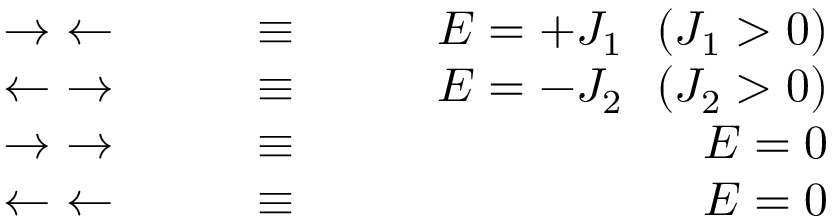
\begin{array} { r l r } { \rightarrow ~ \leftarrow ~ ~ ~ ~ ~ ~ } & { \equiv } & { ~ ~ ~ ~ ~ ~ E = + J _ { 1 } ~ ~ ( J _ { 1 } > 0 ) } \\ { \leftarrow ~ \rightarrow ~ ~ ~ ~ ~ ~ } & { \equiv } & { ~ ~ ~ ~ ~ ~ E = - J _ { 2 } ~ ~ ( J _ { 2 } > 0 ) } \\ { \rightarrow ~ \rightarrow ~ ~ ~ ~ ~ ~ } & { \equiv } & { ~ ~ ~ ~ ~ ~ E = 0 } \\ { \leftarrow ~ \leftarrow ~ ~ ~ ~ ~ ~ } & { \equiv } & { ~ ~ ~ ~ ~ ~ E = 0 } \end{array}